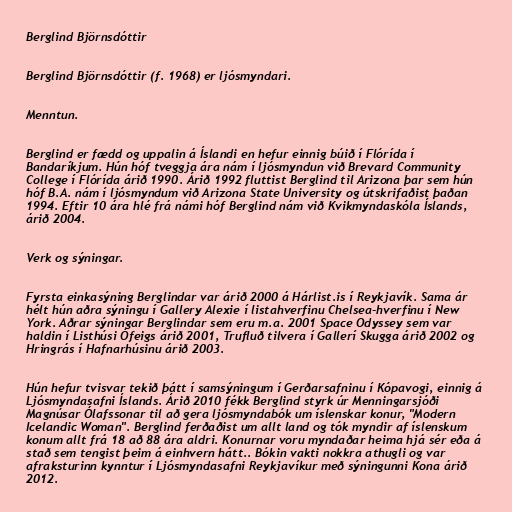
Berglind Björnsdóttir

Berglind Björnsdóttir (f. 1968) er ljósmyndari.

Menntun.

Berglind er fædd og uppalin á Íslandi en hefur einnig búið í Flórída í
Bandaríkjum. Hún hóf tveggja ára nám í ljósmyndun við Brevard Community
College í Flórída árið 1990. Árið 1992 fluttist Berglind til Arizona þar sem hún
hóf B.A. nám í ljósmyndum við Arizona State University og útskrifaðist þaðan
1994. Eftir 10 ára hlé frá námi hóf Berglind nám við Kvikmyndaskóla Íslands,
árið 2004.

Verk og sýningar.

Fyrsta einkasýning Berglindar var árið 2000 á Hárlist.is í Reykjavík. Sama ár
hélt hún aðra sýningu í Gallery Alexie í listahverfinu Chelsea-hverfinu í New
York. Aðrar sýningar Berglindar sem eru m.a. 2001 Space Odyssey sem var
haldin í Listhúsi Ófeigs árið 2001, Trufluð tilvera í Gallerí Skugga árið 2002 og
Hringrás í Hafnarhúsinu árið 2003.

Hún hefur tvisvar tekið þátt í samsýningum í Gerðarsafninu í Kópavogi, einnig á
Ljósmyndasafni Íslands. Árið 2010 fékk Berglind styrk úr Menningarsjóði
Magnúsar Ólafssonar til að gera ljósmyndabók um íslenskar konur, "Modern
Icelandic Woman". Berglind ferðaðist um allt land og tók myndir af íslenskum
konum allt frá 18 að 88 ára aldri. Konurnar voru myndaðar heima hjá sér eða á
stað sem tengist þeim á einhvern hátt.. Bókin vakti nokkra athugli og var
afraksturinn kynntur í Ljósmyndasafni Reykjavíkur með sýningunni Kona árið
2012.